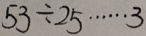
5 3 \div 2 5 \cdots 3